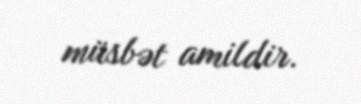
müsbət amildir.